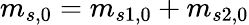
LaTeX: m_{s,0}=m_{s1,0}+m_{s2,0}